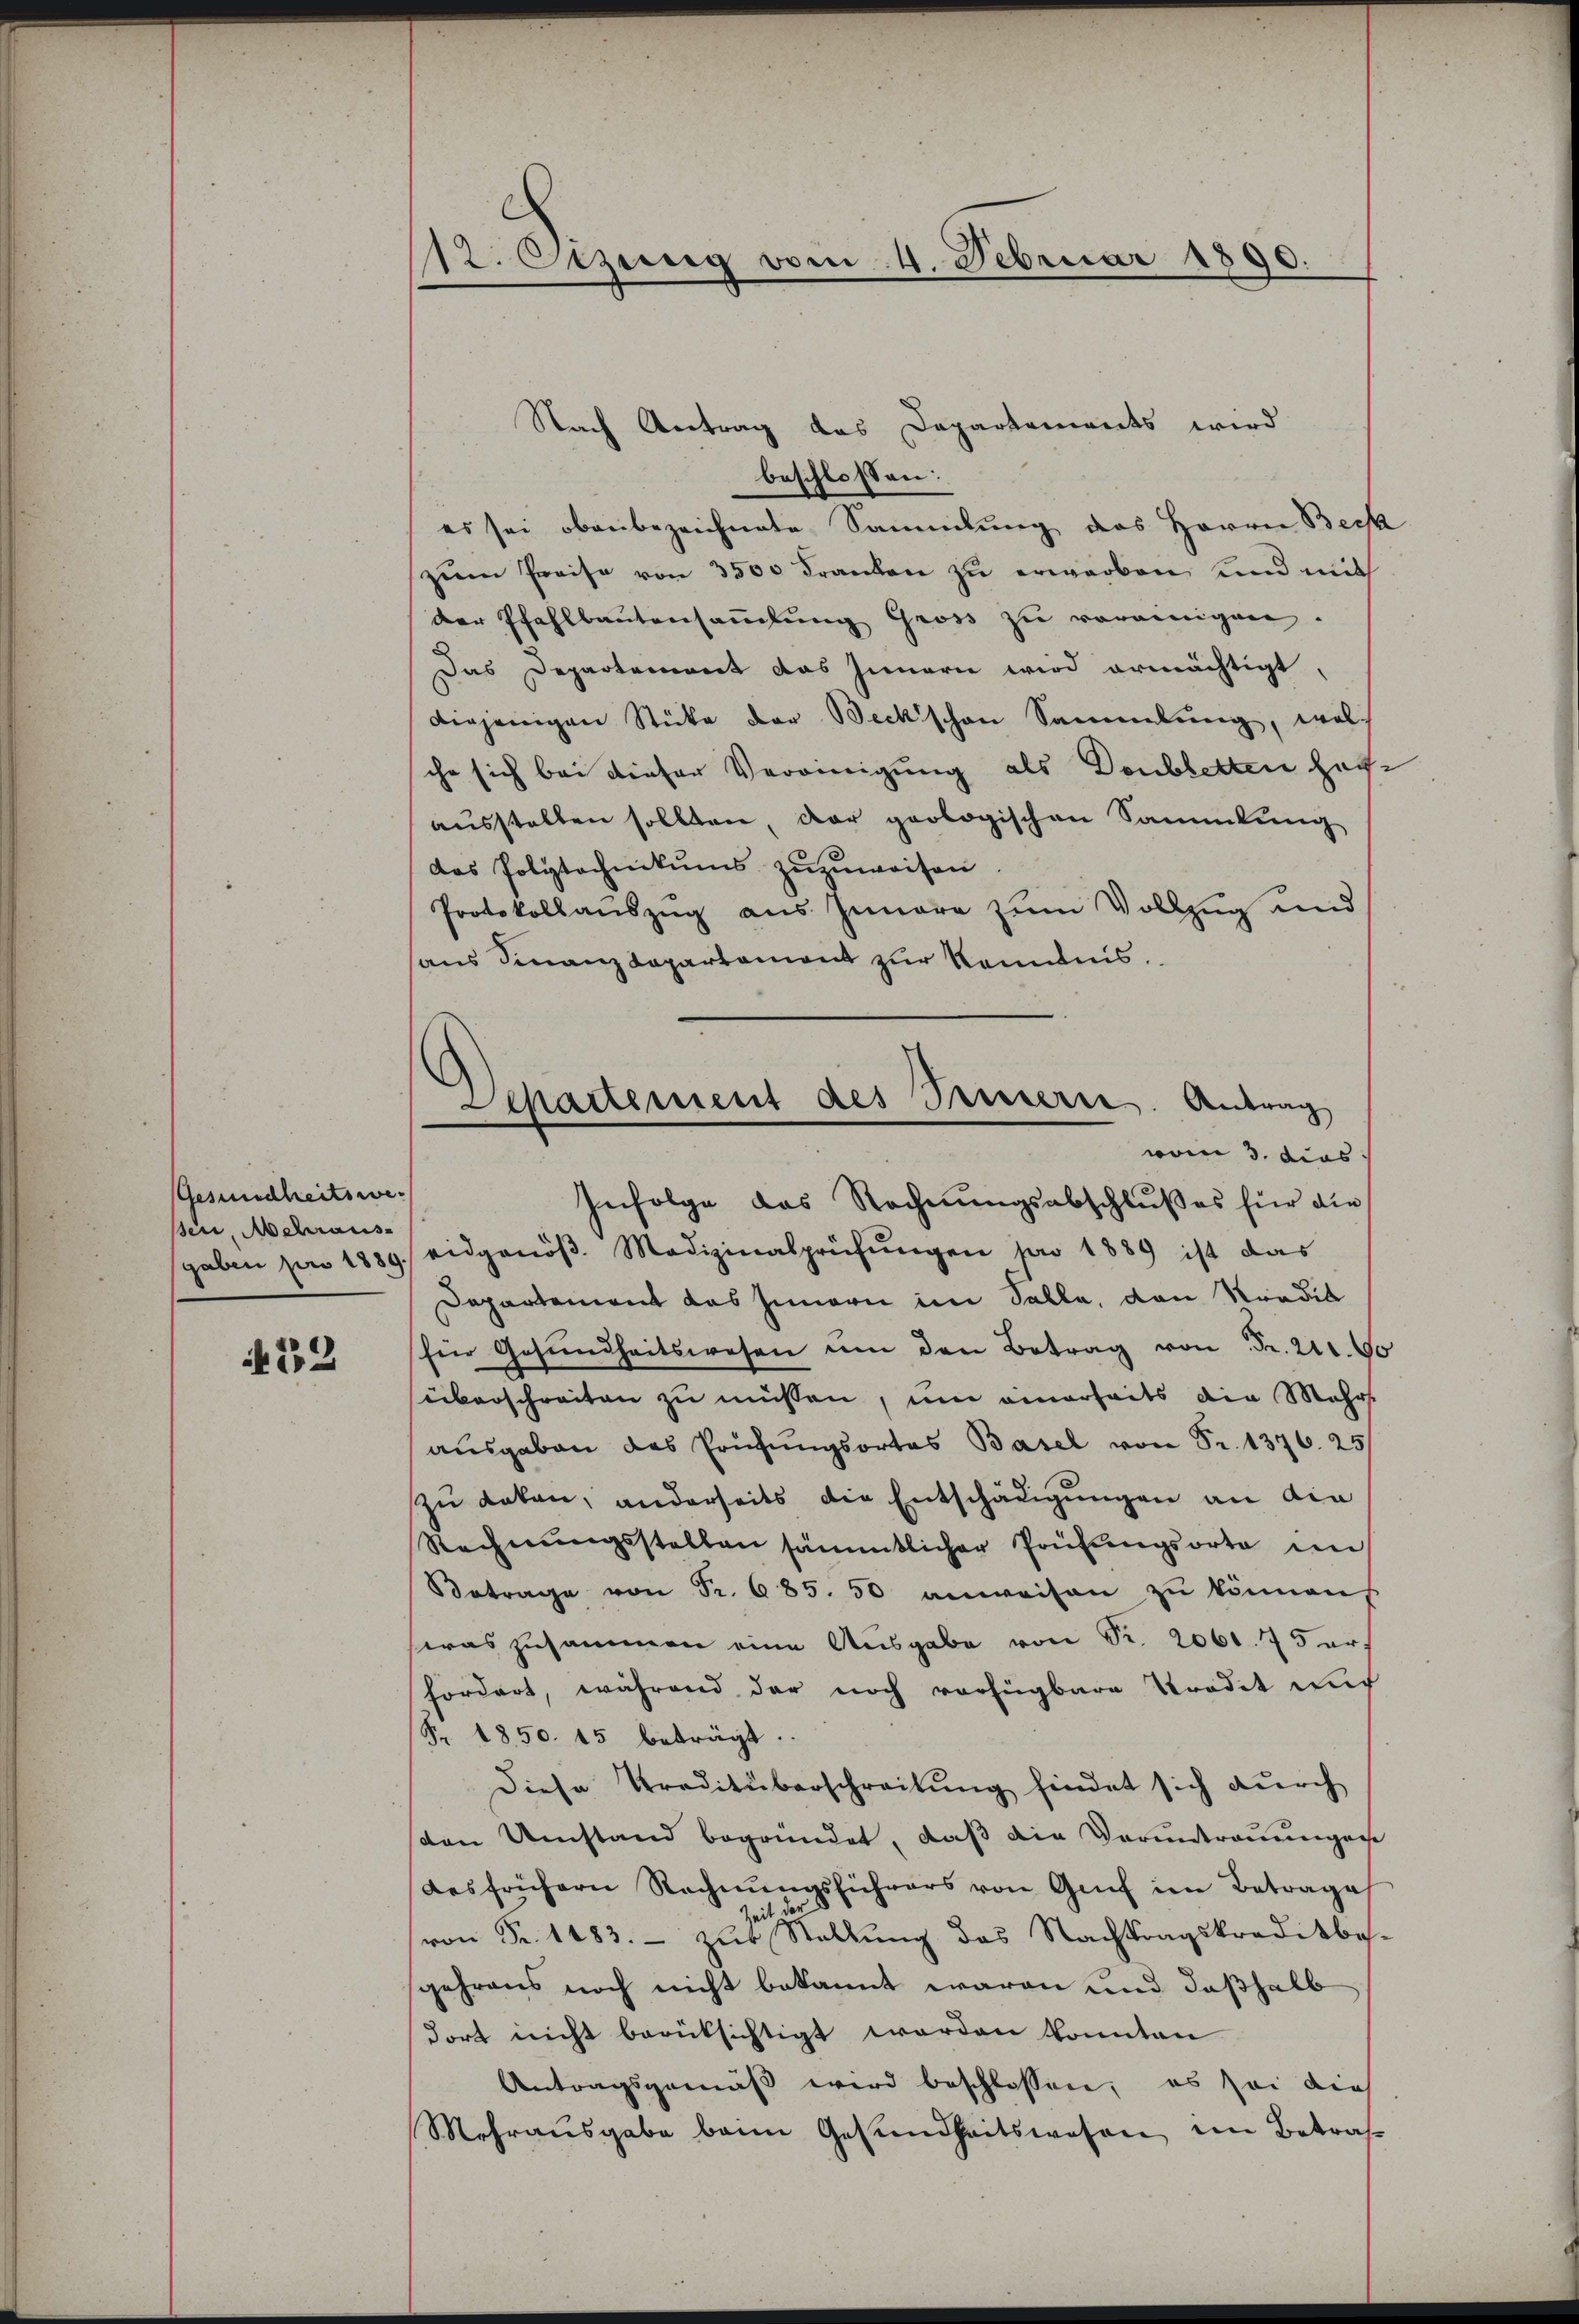
Gesundheitswessen, Mehraus-

432

112. Otzung vom 4. Februar 1890.

Nach Antrag das Departements wird

beschlossen:
es sei obenbezeichnete Sammlung des Herrn Bera
zum Preise von 3500 Franken zu erworben und mit
der Pfahlbautensaṁlŭng gross zu vereinigen.
Das Departement das Innern wird ermächtigt,
diejenigen Stücke der Beckschen Sammlung, wel
che sich bei dieser Vereinigung als Doubletten haft
ausstellen sollten, der geologischen Sammlung
das Polytechnikums zuzuweisen
Protokollauszug aus Innere zum Vollzug und
haus Finanzdepartement zur Kenntnis.
gaben per 1889. eidgenöβ. Medizinalprüfŭngen pro 1889 ist das
Departement das Innern im Solle, den Kredic
für Gesundheitswesen um den Betrag von Fr. 21. So
überschreiten zu müssen, um einerseits die Mehr
ausgaben das Prüfŭngsortes Basel von Fr. 1376. 25/
zŭ deken, anderseits die Entschädigŭngen an die
Rechnŭngsstellen sämmtlicher Prüfungsorte im
Betrage von Fr. 685. 50 anweisen zŭ können
was zusammen eine Ausgabe von Sr. 2061. 75 ers
fordert, während der noch vorfügbare Strodet auf
Fr. 1850. 45 beträgt.
Diese Traditüberschreibung findet sich durch
sten Umstand begründet, daß die Voruntrauungen
des frühern Rechnŭngsführers von Genf im Betrage
Zeit der
von Fr. 1483. - zur Stellung des Nachtragskreditbes-
gehrens noch nicht bekannt waren und deßhalb
dort nicht berücksichtigt worden konnten
Antragsgemäß wird beschlossen, es sei dies
Mehraŭsgabe beim Gesundheitswesen im Betraf¬

Departement des Innerre. Antrag
vom 3. dies
Infolge das Rechnŭngsabschlußes für die